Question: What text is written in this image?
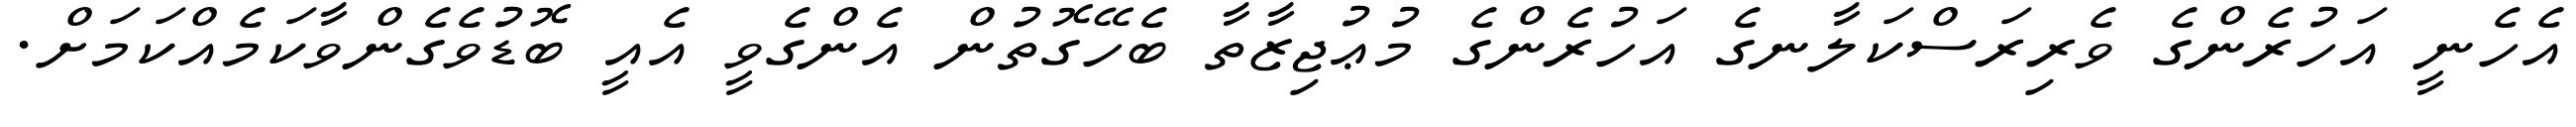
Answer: އެހެނީ އަހުރެންގެ ވެރިރަސްކަލާނގެ އަހުރެންގެ މުޢުޖިޒާތާ ބެހޭގޮތުން އެންގެވީ އެއީ ބޮޑުވެގެންވާކަމެއްކަމަށް.